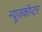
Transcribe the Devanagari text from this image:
न्यूज़कॉप्टर